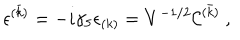
\epsilon ^ { ( \bar { k } ) } = - i \gamma _ { 5 } \epsilon _ { ( k ) } = V ^ { - 1 / 2 } { \cal C } ^ { ( \bar { k } ) } \ ,